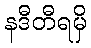
နဒီတီရမှိ